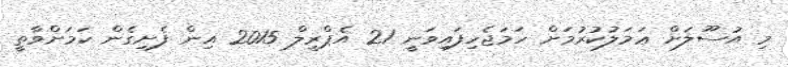
މި އުސޫލަށް ޢަމަލުކުރުމަށް ހަމަޖެހިފައިވަނީ 21 އެޕްރީލް 2015 އިން ފެށިގެން ކަމަށްވާތީ